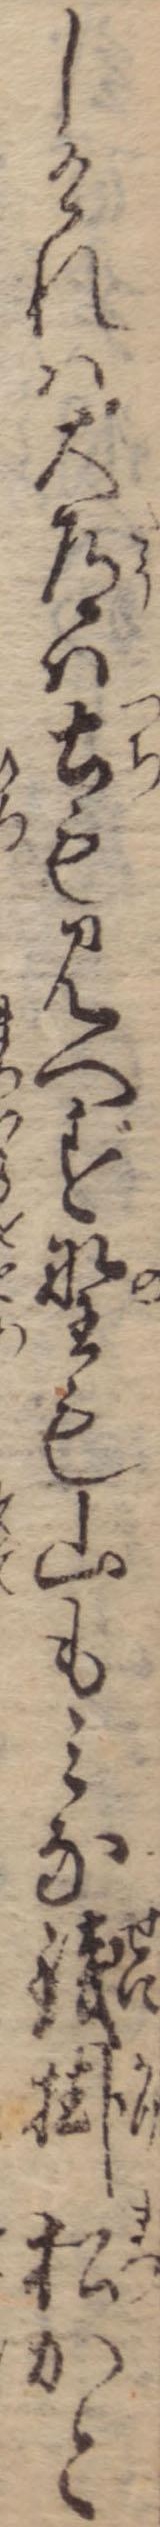
しけれは大道は土も見へず野も山もみな銭掛松かと